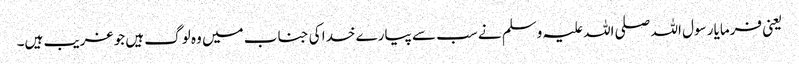
یعنی فرمایا رسول اللہ صلی اللہ علیہ وسلم نے سب سے پیارے خدا کی جناب میں وہ لوگ ہیں جو غریب ہیں۔